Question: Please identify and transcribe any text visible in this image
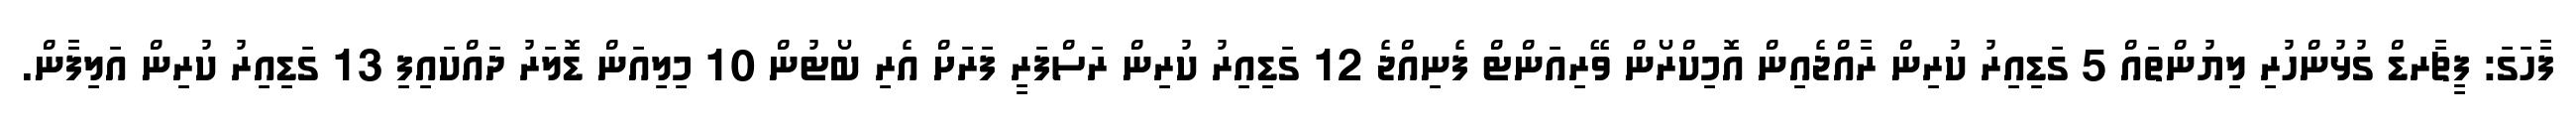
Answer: ފާހަގަ: ފީޗާރޑް ގުޅުންހުރި ލިޔުންތައް 5 ގަޑިއިރު ކުރިން ރާއްޖެއިން އޮމިކްރޯން ވޭރިއަންޓް ފެނިއްޖެ 12 ގަޑިއިރު ކުރިން ރަސްފަރީ ފަރަށް އެރި ބޯޓުން 10 މިލިއަން ޑޮލަރު ދައްކައިފި 13 ގަޑިއިރު ކުރިން އަލިފާން.